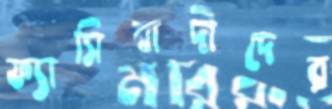
ফ্যাসিবাদীদের